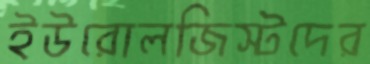
ইউরোলজিস্টদের